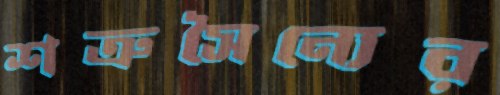
শত্রুসৈন্যের